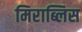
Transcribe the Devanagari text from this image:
मिराब्लिस